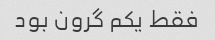
فقط یکم گرون بود